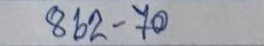
862 - 70